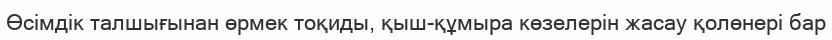
Өсімдік талшығынан өрмек тоқиды, қыш-құмыра көзелерін жасау қолөнері бар